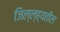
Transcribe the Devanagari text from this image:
जिल्ल्ह्यतील